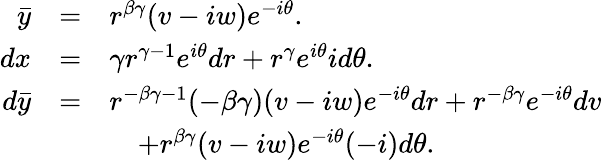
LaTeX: \begin{array}{rcl}{\bar{y}}&{=}&{r^{\beta\gamma}(v-iw)e^{-i\theta}.}\\ {dx}&{=}&{\gamma r^{\gamma-1}e^{i\theta}dr+r^{\gamma}e^{i\theta}id\theta.}\\ {d\bar{y}}&{=}&{r^{-\beta\gamma-1}(-\beta\gamma)(v-iw)e^{-i\theta}dr+r^{-\beta\gamma}e^{-i\theta}dv}\\ &&{\quad+r^{\beta\gamma}(v-iw)e^{-i\theta}(-i)d\theta.}\end{array}